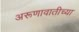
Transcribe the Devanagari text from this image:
अरूणावातीच्या